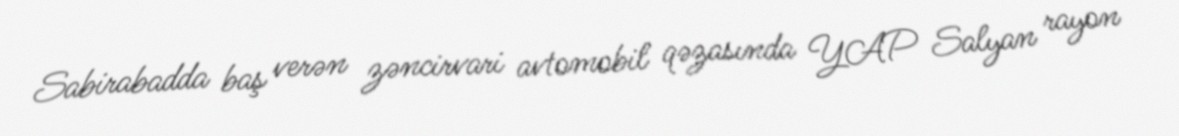
Sabirabadda baş verən zəncirvari avtomobil qəzasında YAP Salyan rayon